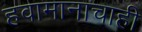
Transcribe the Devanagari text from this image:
हवामानाचाही